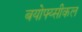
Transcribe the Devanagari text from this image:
बयोफ्य्सीकल